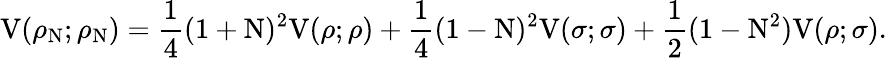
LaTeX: \mathrm{V}({\rho}_{\mathrm{N}};{\rho}_{\mathrm{N}})=\frac{1}{4}(1+\mathrm{N})^{2}\mathrm{V}({\rho};{\rho})+\frac{1}{4}(1-\mathrm{N})^{2}\mathrm{V}({\sigma};{\sigma})+\frac{1}{2}(1-\mathrm{N}^{2})\mathrm{V}({\rho};{\sigma}).